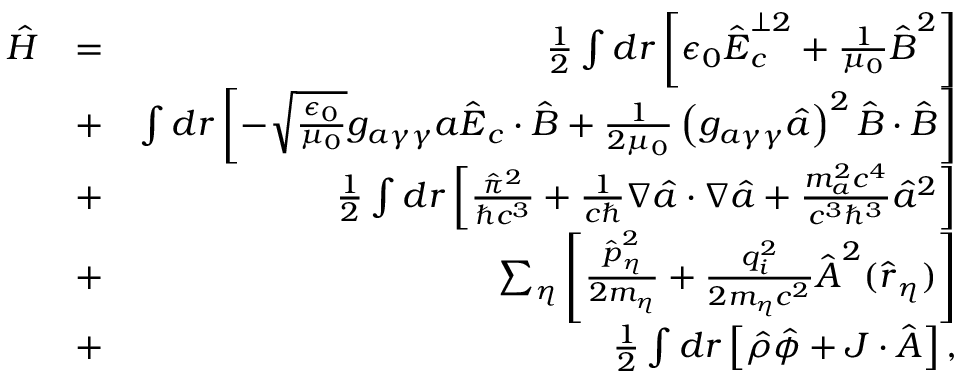
\begin{array} { r l r } { \hat { H } } & { = } & { \frac 1 2 \int d \boldsymbol r \left[ \epsilon _ { 0 } \hat { \boldsymbol E } _ { c } ^ { \perp 2 } + \frac { 1 } { \mu _ { 0 } } \hat { \boldsymbol B } ^ { 2 } \right] } \\ & { + } & { \int d \boldsymbol r \left[ - \sqrt { \frac { \epsilon _ { 0 } } { \mu _ { 0 } } } g _ { a \gamma \gamma } a \hat { \boldsymbol E } _ { c } \cdot \hat { \boldsymbol B } + \frac { 1 } { 2 \mu _ { 0 } } \left( g _ { a \gamma \gamma } \hat { a } \right) ^ { 2 } \hat { \boldsymbol B } \cdot \hat { \boldsymbol B } \right] } \\ & { + } & { \frac { 1 } { 2 } \int d \boldsymbol r \left[ \frac { \hat { \pi } ^ { 2 } } { \hbar c ^ { 3 } } + \frac { 1 } { c \hbar } \boldsymbol \nabla \hat { a } \cdot \boldsymbol \nabla \hat { a } + \frac { m _ { a } ^ { 2 } c ^ { 4 } } { c ^ { 3 } \hbar ^ { 3 } } \hat { a } ^ { 2 } \right] } \\ & { + } & { \sum _ { \eta } \left[ \frac { \hat { \boldsymbol p } _ { \eta } ^ { 2 } } { 2 m _ { \eta } } + \frac { q _ { i } ^ { 2 } } { 2 m _ { \eta } c ^ { 2 } } \hat { \boldsymbol A } ^ { 2 } ( \hat { \boldsymbol r } _ { \eta } ) \right] } \\ & { + } & { \frac { 1 } { 2 } \int d \boldsymbol r \left[ \hat { \rho } \hat { \phi } + \boldsymbol J \cdot \hat { \boldsymbol A } \right] , } \end{array}